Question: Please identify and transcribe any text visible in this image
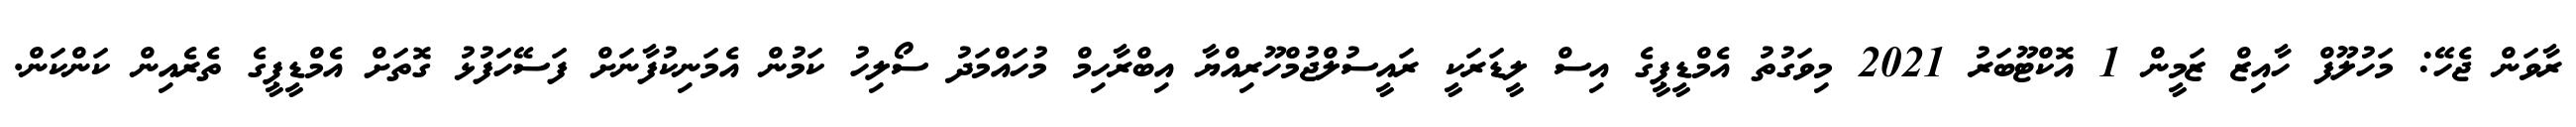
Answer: ރާވަން ޖެހޭ: މަހުލޫފް ހާއިޒް ޒަމީން 1 އޮކްޓޫބަރު 2021 މިވަގުތު އެމްޑީޕީގެ އިސް ލީޑަރަކީ ރައީސުލްޖުމްހޫރިއްޔާ އިބްރާހިމް މުހައްމަދު ސޯލިހު ކަމުން އެމަނިކުފާނަށް ފަސޭހަފުޅު ގޮތަށް އެމްޑީޕީގެ ތެރެއިން ކަންކަން.